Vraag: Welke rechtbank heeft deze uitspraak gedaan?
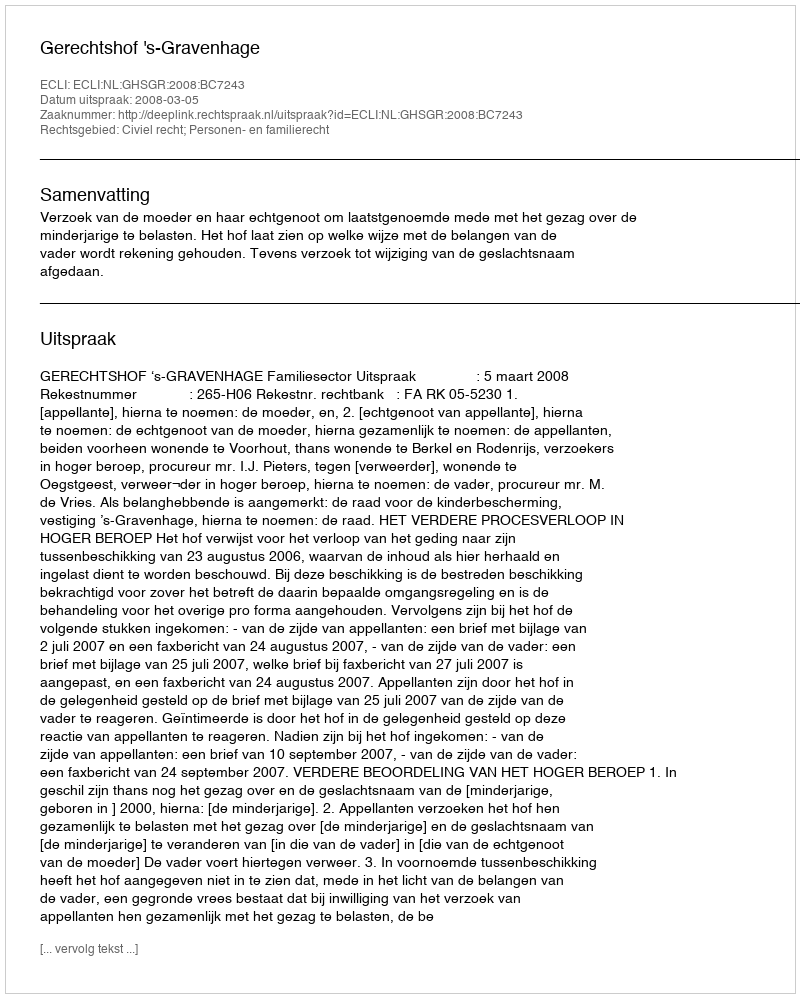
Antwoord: Gerechtshof 's-Gravenhage